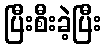
ပြီးစီးခဲ့ပြီး